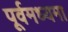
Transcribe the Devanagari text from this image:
पूर्वमध्यमा